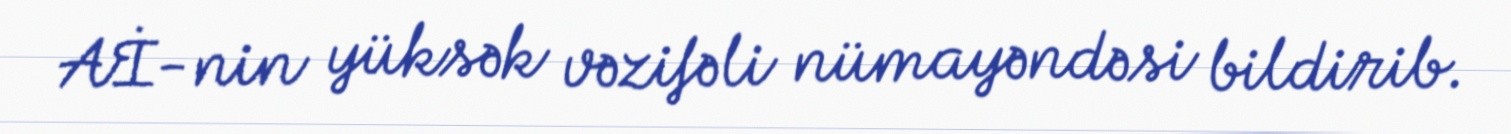
Aİ-nin yüksək vəzifəli nümayəndəsi bildirib.